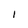
Character: I